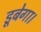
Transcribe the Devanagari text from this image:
डूबेगा।